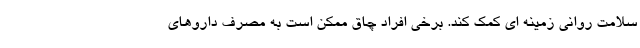
سلامت روانی زمینه ای کمک کند. برخی افراد چاق ممکن است به مصرف داروهای